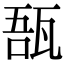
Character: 𤭑